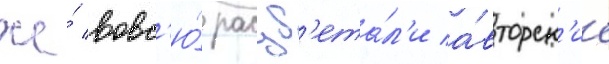
же́ вовс'ю́ расцв'ета́л'и а́вторск'ие